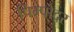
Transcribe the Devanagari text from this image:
पिम्पोदर